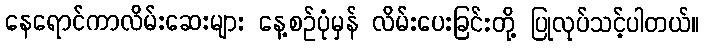
နေရောင်ကာလိမ်းဆေးများ နေ့စဉ်ပုံမှန် လိမ်းပေးခြင်းတို့ ပြုလုပ်သင့်ပါတယ်။